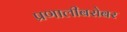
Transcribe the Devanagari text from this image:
प्रणालीबरोबर